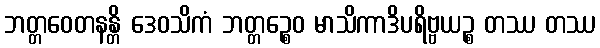
ဘတ္တဝေတနန္တိ ဒေဝသိကံ ဘတ္တဉ္စေဝ မာသိကာဒိပရိဗ္ဗယဉ္စ တဿ တဿ